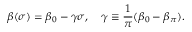
\beta ( \sigma ) = \beta _ { 0 } - \gamma \sigma , \quad \gamma \equiv \frac { 1 } { \pi } ( \beta _ { 0 } - \beta _ { \pi } ) .